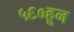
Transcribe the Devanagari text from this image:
५६०हून